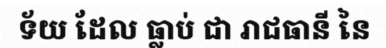
ទ័យ ដែល ធ្លាប់ ជា រាជធានី នៃ